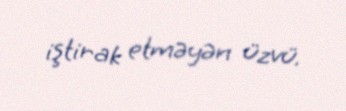
iştirak etməyən üzvü.